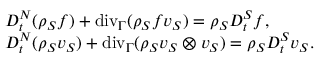
\begin{array} { r l } & { D _ { t } ^ { N } ( \rho _ { S } f ) + \mathrm { { d i v } } _ { \Gamma } ( \rho _ { S } f v _ { S } ) = \rho _ { S } D _ { t } ^ { S } f , } \\ & { D _ { t } ^ { N } ( \rho _ { S } v _ { S } ) + { \mathrm { d i v } } _ { \Gamma } ( \rho _ { S } v _ { S } \otimes v _ { S } ) = \rho _ { S } D _ { t } ^ { S } v _ { S } . } \end{array}